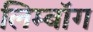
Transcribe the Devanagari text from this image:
लिम्बॉग